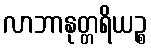
လာဘာနုတ္တရိယဉ္စ